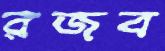
রজব